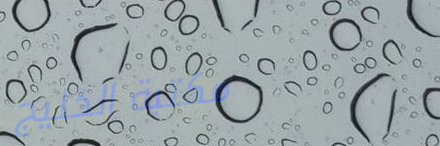
مكتبة الخليج